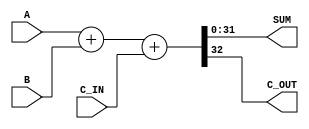
module ADDER #(parameter BITWIDTH = 32) (
	input wire [BITWIDTH-1:0] A,
	input wire [BITWIDTH-1:0] B,
	input wire C_IN,
	output wire [BITWIDTH-1:0] SUM,
	output wire C_OUT
	
);
assign {C_OUT,SUM} = A + B + C_IN;
endmodule